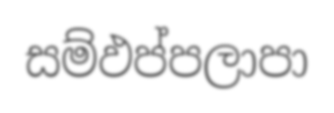
සම්ඵප්පලාපා